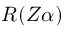
R ( Z \alpha )